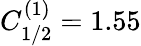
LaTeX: {C_{1/2}^{(1)}=1.55}